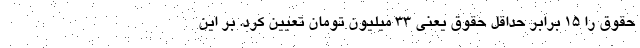
حقوق را 15 برابر حداقل حقوق یعنی 33 میلیون تومان تعیین کرد. بر این